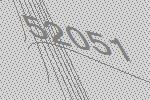
52051